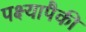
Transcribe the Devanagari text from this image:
पक्ष्यापैकी